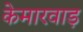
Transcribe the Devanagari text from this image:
केमारवाड़